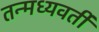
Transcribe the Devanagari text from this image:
तन्मध्यवर्ती